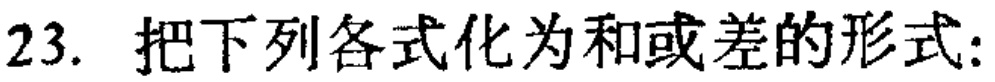
23. 把下列各式化为和或差的形式: